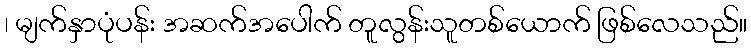
၊ မျက်နှာပုံပန်း အဆက်အပေါက် တူလွန်းသူတစ်ယောက် ဖြစ်လေသည်။